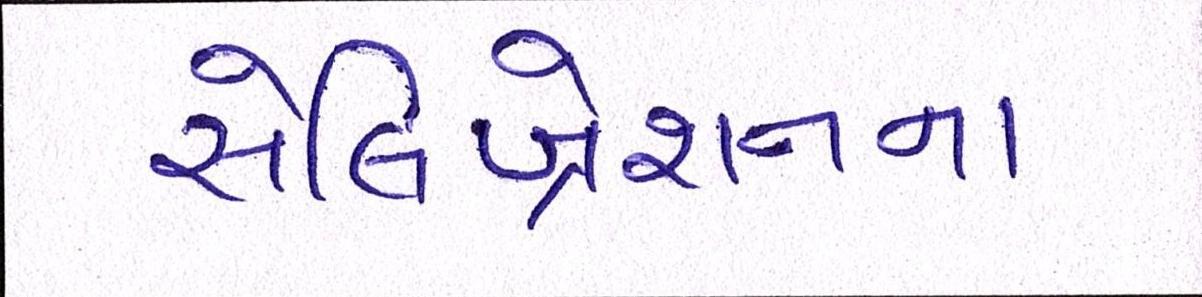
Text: સેલિબ્રેશનના